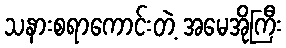
သနားစရာကောင်းတဲ့ အမေအိုကြီး